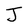
Character: J